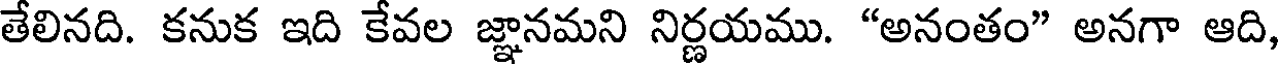
తేలినది. కనుక ఇది కేవల జ్ఞానమని నిర్ణయము. "అనంతం" అనగా ఆది,